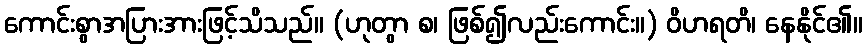
ကောင်းစွာအပြားအားဖြင့်သိသည်။ (ဟုတွာ စ၊ ဖြစ်၍လည်းကောင်း။) ဝိဟရတိ၊ နေနိုင်၏။